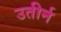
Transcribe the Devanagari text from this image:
उतीर्न